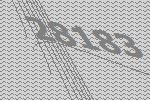
28183